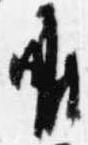
唯